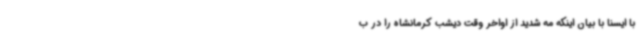
با ایسنا با بیان اینکه مه شدید از اواخر وقت دیشب کرمانشاه را در ب